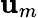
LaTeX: \mathbf{u}_{m}